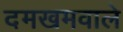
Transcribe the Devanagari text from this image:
दमखमवाले